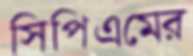
সিপিএমের